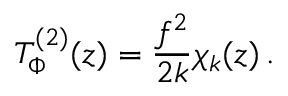
T _ { \Phi } ^ { ( 2 ) } ( z ) = \frac { f ^ { 2 } } { 2 k } \chi _ { k } ( z ) \, .